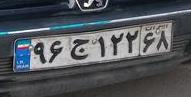
۹۶ج۱۲۲۶۸